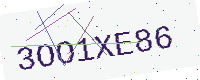
Text: 3OO1XE86